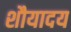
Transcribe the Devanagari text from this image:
शौयादय